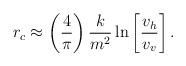
LaTeX: \begin{align*} r_c \approx \left(\frac{4}{\pi}\right) \frac{k}{m^2}\ln\left[\frac{v_h}{v_v}\right].\end{align*}